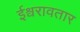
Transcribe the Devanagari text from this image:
ईश्वरावतार